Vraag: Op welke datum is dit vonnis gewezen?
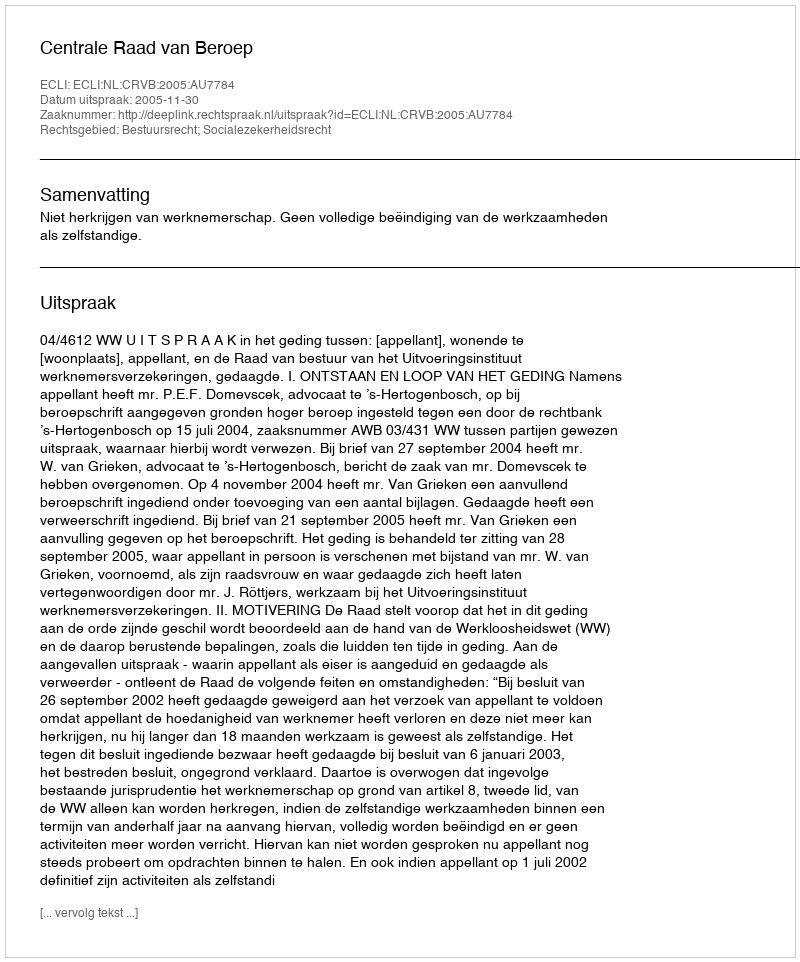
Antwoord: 2005-11-30